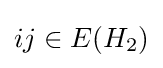
ij\in E(H_{2})